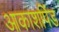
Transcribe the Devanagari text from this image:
आकाशपिंड